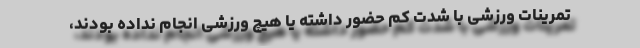
تمرینات ورزشی با شدت کم حضور داشته یا هیچ ورزشی انجام نداده بودند،